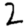
Digit: 2